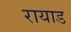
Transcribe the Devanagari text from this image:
रायाड